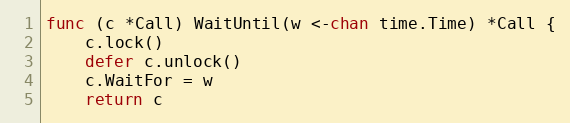
Language: Go
func (c *Call) WaitUntil(w <-chan time.Time) *Call {
	c.lock()
	defer c.unlock()
	c.WaitFor = w
	return c